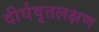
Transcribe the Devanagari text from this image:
दीर्घवृतलक्षण